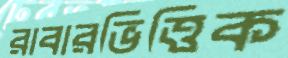
রাবারভিত্তিক